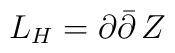
L_H = \partial \bar{\partial}     \,  Z